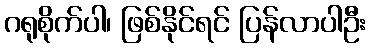
ဂရုစိုက်ပါ၊ ဖြစ်နိုင်ရင် ပြန်လာပါဦး